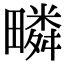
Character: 疄